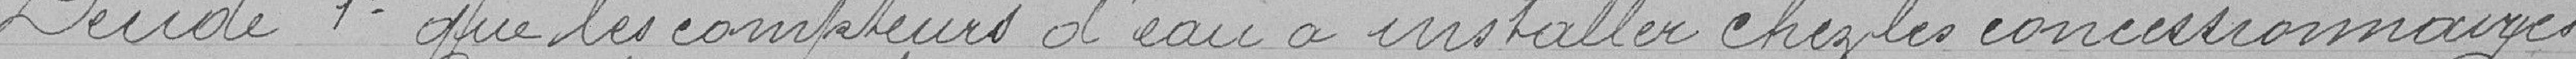
Décide 1° que les compteurs d'eau à installer chez les concessionnaires